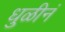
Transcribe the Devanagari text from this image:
धुळीनं